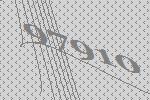
97910